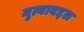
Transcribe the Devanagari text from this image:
नृत्याबद्दल